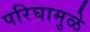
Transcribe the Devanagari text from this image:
परिघामुळे